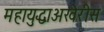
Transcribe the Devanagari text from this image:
महायुद्धाअखेरीस